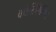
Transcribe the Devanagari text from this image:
कोरिसिगिन